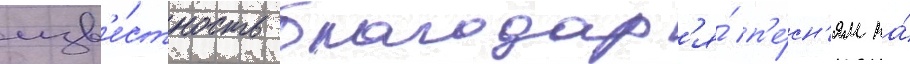
изв'е́стность благодар'я́ п'е́сн'ям на́